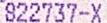
822737-X